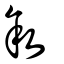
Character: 叙